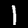
Digit: 1